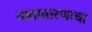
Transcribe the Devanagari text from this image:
वातावारणाचा